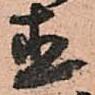
直